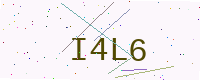
Text: I4L6